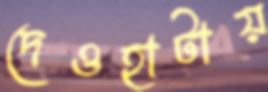
দেওহাটায়